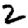
Digit: 2